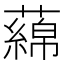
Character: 𬞻